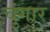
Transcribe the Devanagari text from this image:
चुंगार